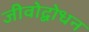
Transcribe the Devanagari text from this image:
जीवोद्बोधन